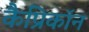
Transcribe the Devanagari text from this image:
कैप्रिकॉन